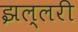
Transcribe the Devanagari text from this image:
झल्लरी